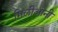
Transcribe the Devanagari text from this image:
मिलीओनी